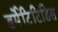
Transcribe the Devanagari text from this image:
डर्मेटिटिडिस